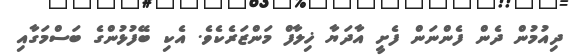
ދިއުމުން ދެން ފެންނަން ފެށީ އާދަޔާ ޚިލާފް މަންޒަރެކެވެ. އެކި ބޭފުޅުންގެ ބަސްމަގާއި